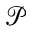
\mathcal { P }